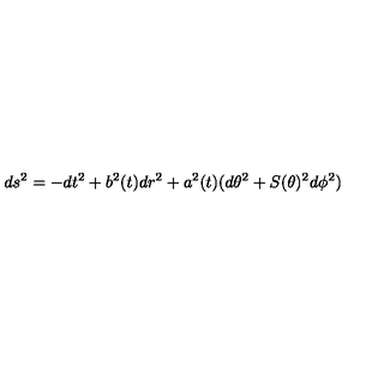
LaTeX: d s ^ { 2 } = - d t ^ { 2 } + b ^ { 2 } ( t ) d r ^ { 2 } + a ^ { 2 } ( t ) ( d \theta ^ { 2 } + S ( \theta ) ^ { 2 } d \phi ^ { 2 } )